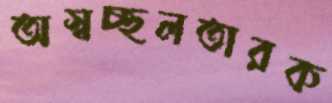
অস্বচ্ছলতারক